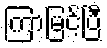
ကြာမြင့်ပြီ